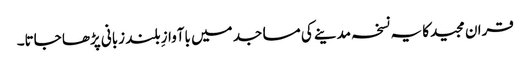
قران مجیدکا یہ نسخہ مدینے کی مساجد میں باآوازِ بلند زبانی پڑھا جاتا۔